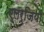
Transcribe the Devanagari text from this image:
एलर्जियां